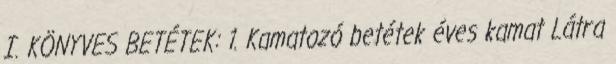
I. KÖNYVES BETÉTEK: 1. Kamatozó betétek éves kamat Látra